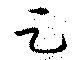
足